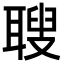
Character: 䏂